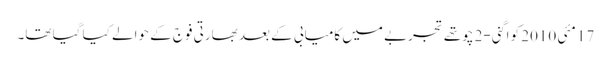
17 مئی 2010 کو اگنی-2 چوتھے تجربے میں کامیابی کے بعد بھارتی فوج کے حوالے کیا گیا تھا۔